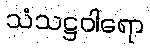
သံသဋ္ဌဝါရော